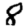
Digit: 8